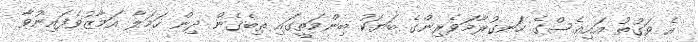
އެ ވަގުތު އައިއެސްގެ ހަނގުރާމަވެރިންގެ ބަޔަކު ބިންމަތީގައި ތިބެގެން ދިން ހަމަލާ އަމާޒުވެފައިނުވާ